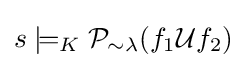
s\models _{K}{\mathcal {P}}_{\sim \lambda }(f_{1}{\mathcal {U}}f_{2})